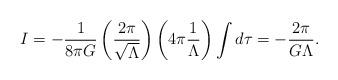
LaTeX: \begin{align*}I=-\frac{1}{8\pi G}\left( \frac{2\pi }{\sqrt{\Lambda }}\right) \left( 4\pi \frac{1}{\Lambda }\right) \int d\tau =-\frac{2\pi }{G\Lambda }. \end{align*}